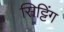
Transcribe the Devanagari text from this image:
सिट्टिंग